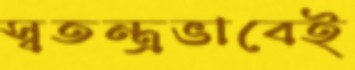
স্বতন্ত্রভাবেই